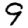
Digit: 9